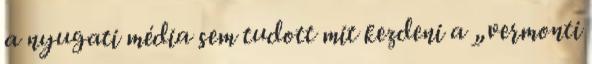
a nyugati média sem tudott mit kezdeni a „vermonti